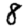
Digit: 8